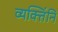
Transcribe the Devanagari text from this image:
व्यक्तिंनि